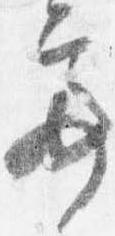
亭